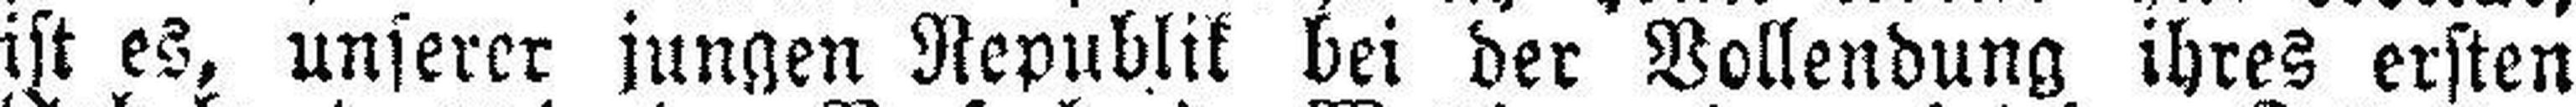
ist es, unserer jungen Republik bei der Vollendung ihres ersten